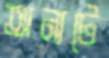
অন্যটে